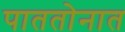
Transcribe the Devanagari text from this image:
पाततोनात